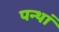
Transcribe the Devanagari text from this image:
पन्थां